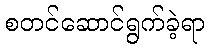
စတင်ဆောင်ရွက်ခဲ့ရာ